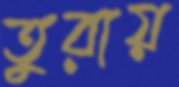
তুরায়